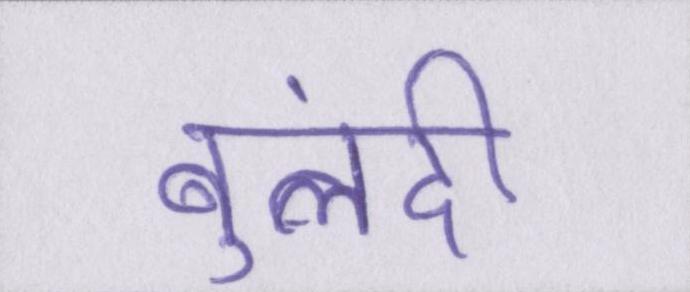
बुलंदी